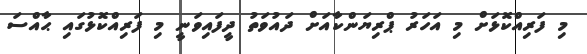
މި ފަރިއްކޮޅަށް މި އަހަރު ޕްރިޔަންކާއަށް ދައުވަތު ދީފައިވަނީ މި ފަރިއްކޮޅުގައި ޙާއްސަ